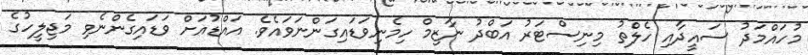
މުހައްމަދު ސައީދާއި ހެލްތު މިނިސްޓަރު އަބްދު ނާޒިމް ހިމެނިވަޑައިގަންނަވައެވެ. އައްޑުއަށް ވަޑައިގެންނެވި މަޖިލީހުގެ